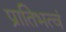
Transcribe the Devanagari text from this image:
प्रातिभत्वं